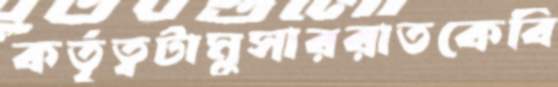
কর্তৃত্বটামুসাররাতকেবি